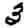
Digit: 3